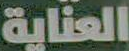
العناية